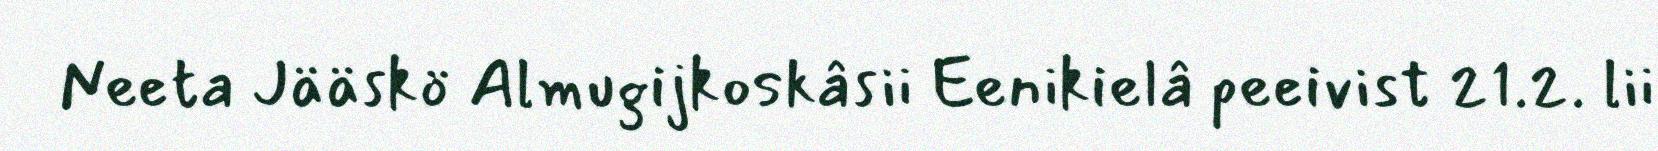
Neeta Jääskö Almugijkoskâsii Eenikielâ peeivist 21.2. lii